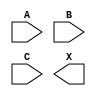
module sky130_fd_sc_hs__xor3 (
    //# {{data|Data Signals}}
    input  A,
    input  B,
    input  C,
    output X
);

    // Voltage supply signals
    supply1 VPWR;
    supply0 VGND;

endmodule